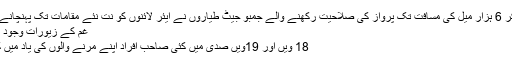
500 مسافروں کو لے کر 6 ہزار میل کی مسافت تک پرواز کی صلاحیت رکھنے والے جمبو جیٹ طیاروں نے ایئر لائنوں کو نت نئے مقامات تک پہنچانے اور اپنے آپریشن کے...
غم کے زیورات وجود - پیر 14 دسمبر 2015
18 ویں اور 19ویں صدی میں کئی صاحبِ افراد اپنے مرنے والوں کی یاد میں کوئی زیور بنواتے تھے۔